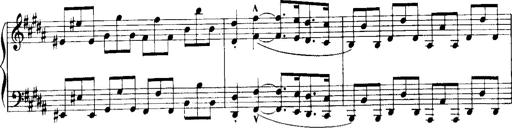
Title: Historische ungarische Bildnisse
Composer: Franz Liszt